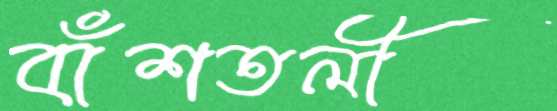
বাঁশতলী